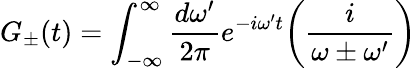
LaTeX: G_{\pm}(t)=\int_{-\infty}^{\infty}{\frac{d\omega^{\prime}}{2\pi}}e^{-i\omega^{\prime}t}\biggl({\frac{i}{\omega\pm\omega^{\prime}}}\biggr)